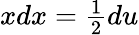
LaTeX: \textstyle xdx={\frac{1}{2}}du